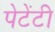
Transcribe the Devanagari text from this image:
पेटेंटी